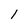
Character: l